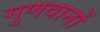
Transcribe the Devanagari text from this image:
गुणवानों